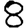
Digit: 8